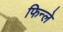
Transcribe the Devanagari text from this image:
फिन्ले